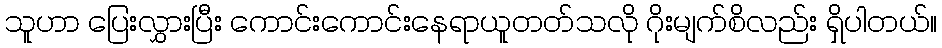
သူဟာ ပြေးလွှားပြီး ကောင်းကောင်းနေရာယူတတ်သလို ဂိုးမျက်စိလည်း ရှိပါတယ်။